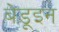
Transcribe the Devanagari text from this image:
बेडूइन